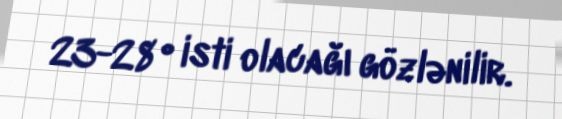
23-28° isti olacağı gözlənilir.